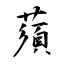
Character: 蕦